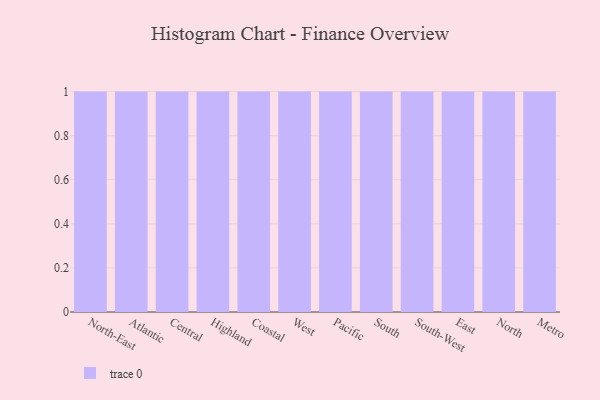
{"axis": {"x": "Region", "y": "Website Visitors"}, "legend": [""], "data": [{"x": "North-East", "y": 16, "type": ""}, {"x": "Atlantic", "y": 73, "type": ""}, {"x": "Central", "y": 99, "type": ""}, {"x": "Highland", "y": 99, "type": ""}, {"x": "Coastal", "y": 96, "type": ""}, {"x": "West", "y": 17, "type": ""}, {"x": "Pacific", "y": 57, "type": ""}, {"x": "South", "y": 32, "type": ""}, {"x": "South-West", "y": 73, "type": ""}, {"x": "East", "y": 35, "type": ""}, {"x": "North", "y": 40, "type": ""}, {"x": "Metro", "y": 48, "type": ""}]}